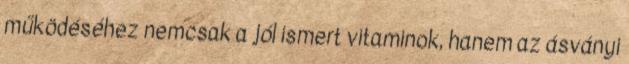
működéséhez nemcsak a jól ismert vitaminok, hanem az ásványi